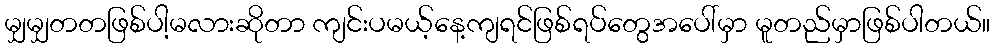
မျှမျှတတဖြစ်ပါ့မလားဆိုတာ ကျင်းပမယ့်နေ့ကျရင်ဖြစ်ရပ်တွေအပေါ်မှာ မူတည်မှာဖြစ်ပါတယ်။